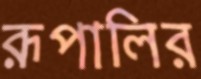
রূপালির